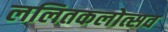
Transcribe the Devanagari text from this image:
ललितकलोत्सव